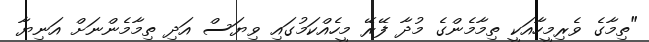
"ތިމާގެ ވެރިމީހާއަކީ ތިމާމެންގެ މުދާ ފޭރޭ މީހެއްކަމުގައި ވިޔަސް އަދި ތިމާމެންނަށް އަނިޔާ